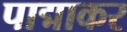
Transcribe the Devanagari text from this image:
पाद्माकर